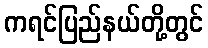
ကရင်ပြည်နယ်တို့တွင်